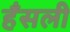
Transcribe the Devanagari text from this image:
हँसली